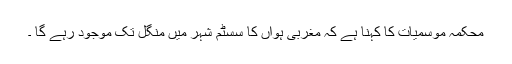
محکمہ موسمیات کا کہنا ہے کہ مغربی ہواں کا سسٹم شہر میں منگل تک موجود رہے گا ۔